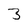
Character: 3